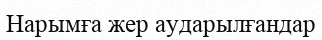
Нарымға жер аударылғандар